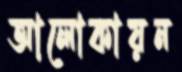
আলোকায়ন